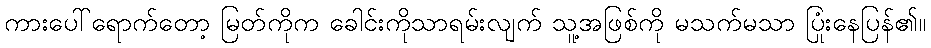
ကားပေါ်ရောက်တော့ မြတ်ကိုက ခေါင်းကိုသာရမ်းလျက် သူ့အဖြစ်ကို မသက်မသာ ပြုံးနေပြန်၏။